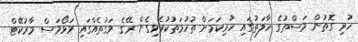
ހުރި ގޮތުން މަސްތުގެ ހާލަތުގައި ހުރިކަމަށް ތުހުމަތުކުރެވިގެން ރޭގެ ވަގުތެއްގައި ވަޅޯމަސް މާރުކޭޓް